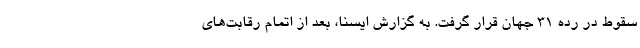
سقوط در رده ۳۱ جهان قرار گرفت. به گزارش ایسنا، بعد از اتمام رقابت‌های